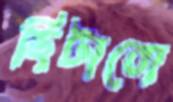
ছিটাবো